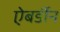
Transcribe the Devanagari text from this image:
ऐबर्डीन